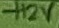
Text: +12V